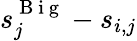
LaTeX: s_{j}^{\mathrm{~B~i~g~}}-s_{i,j}